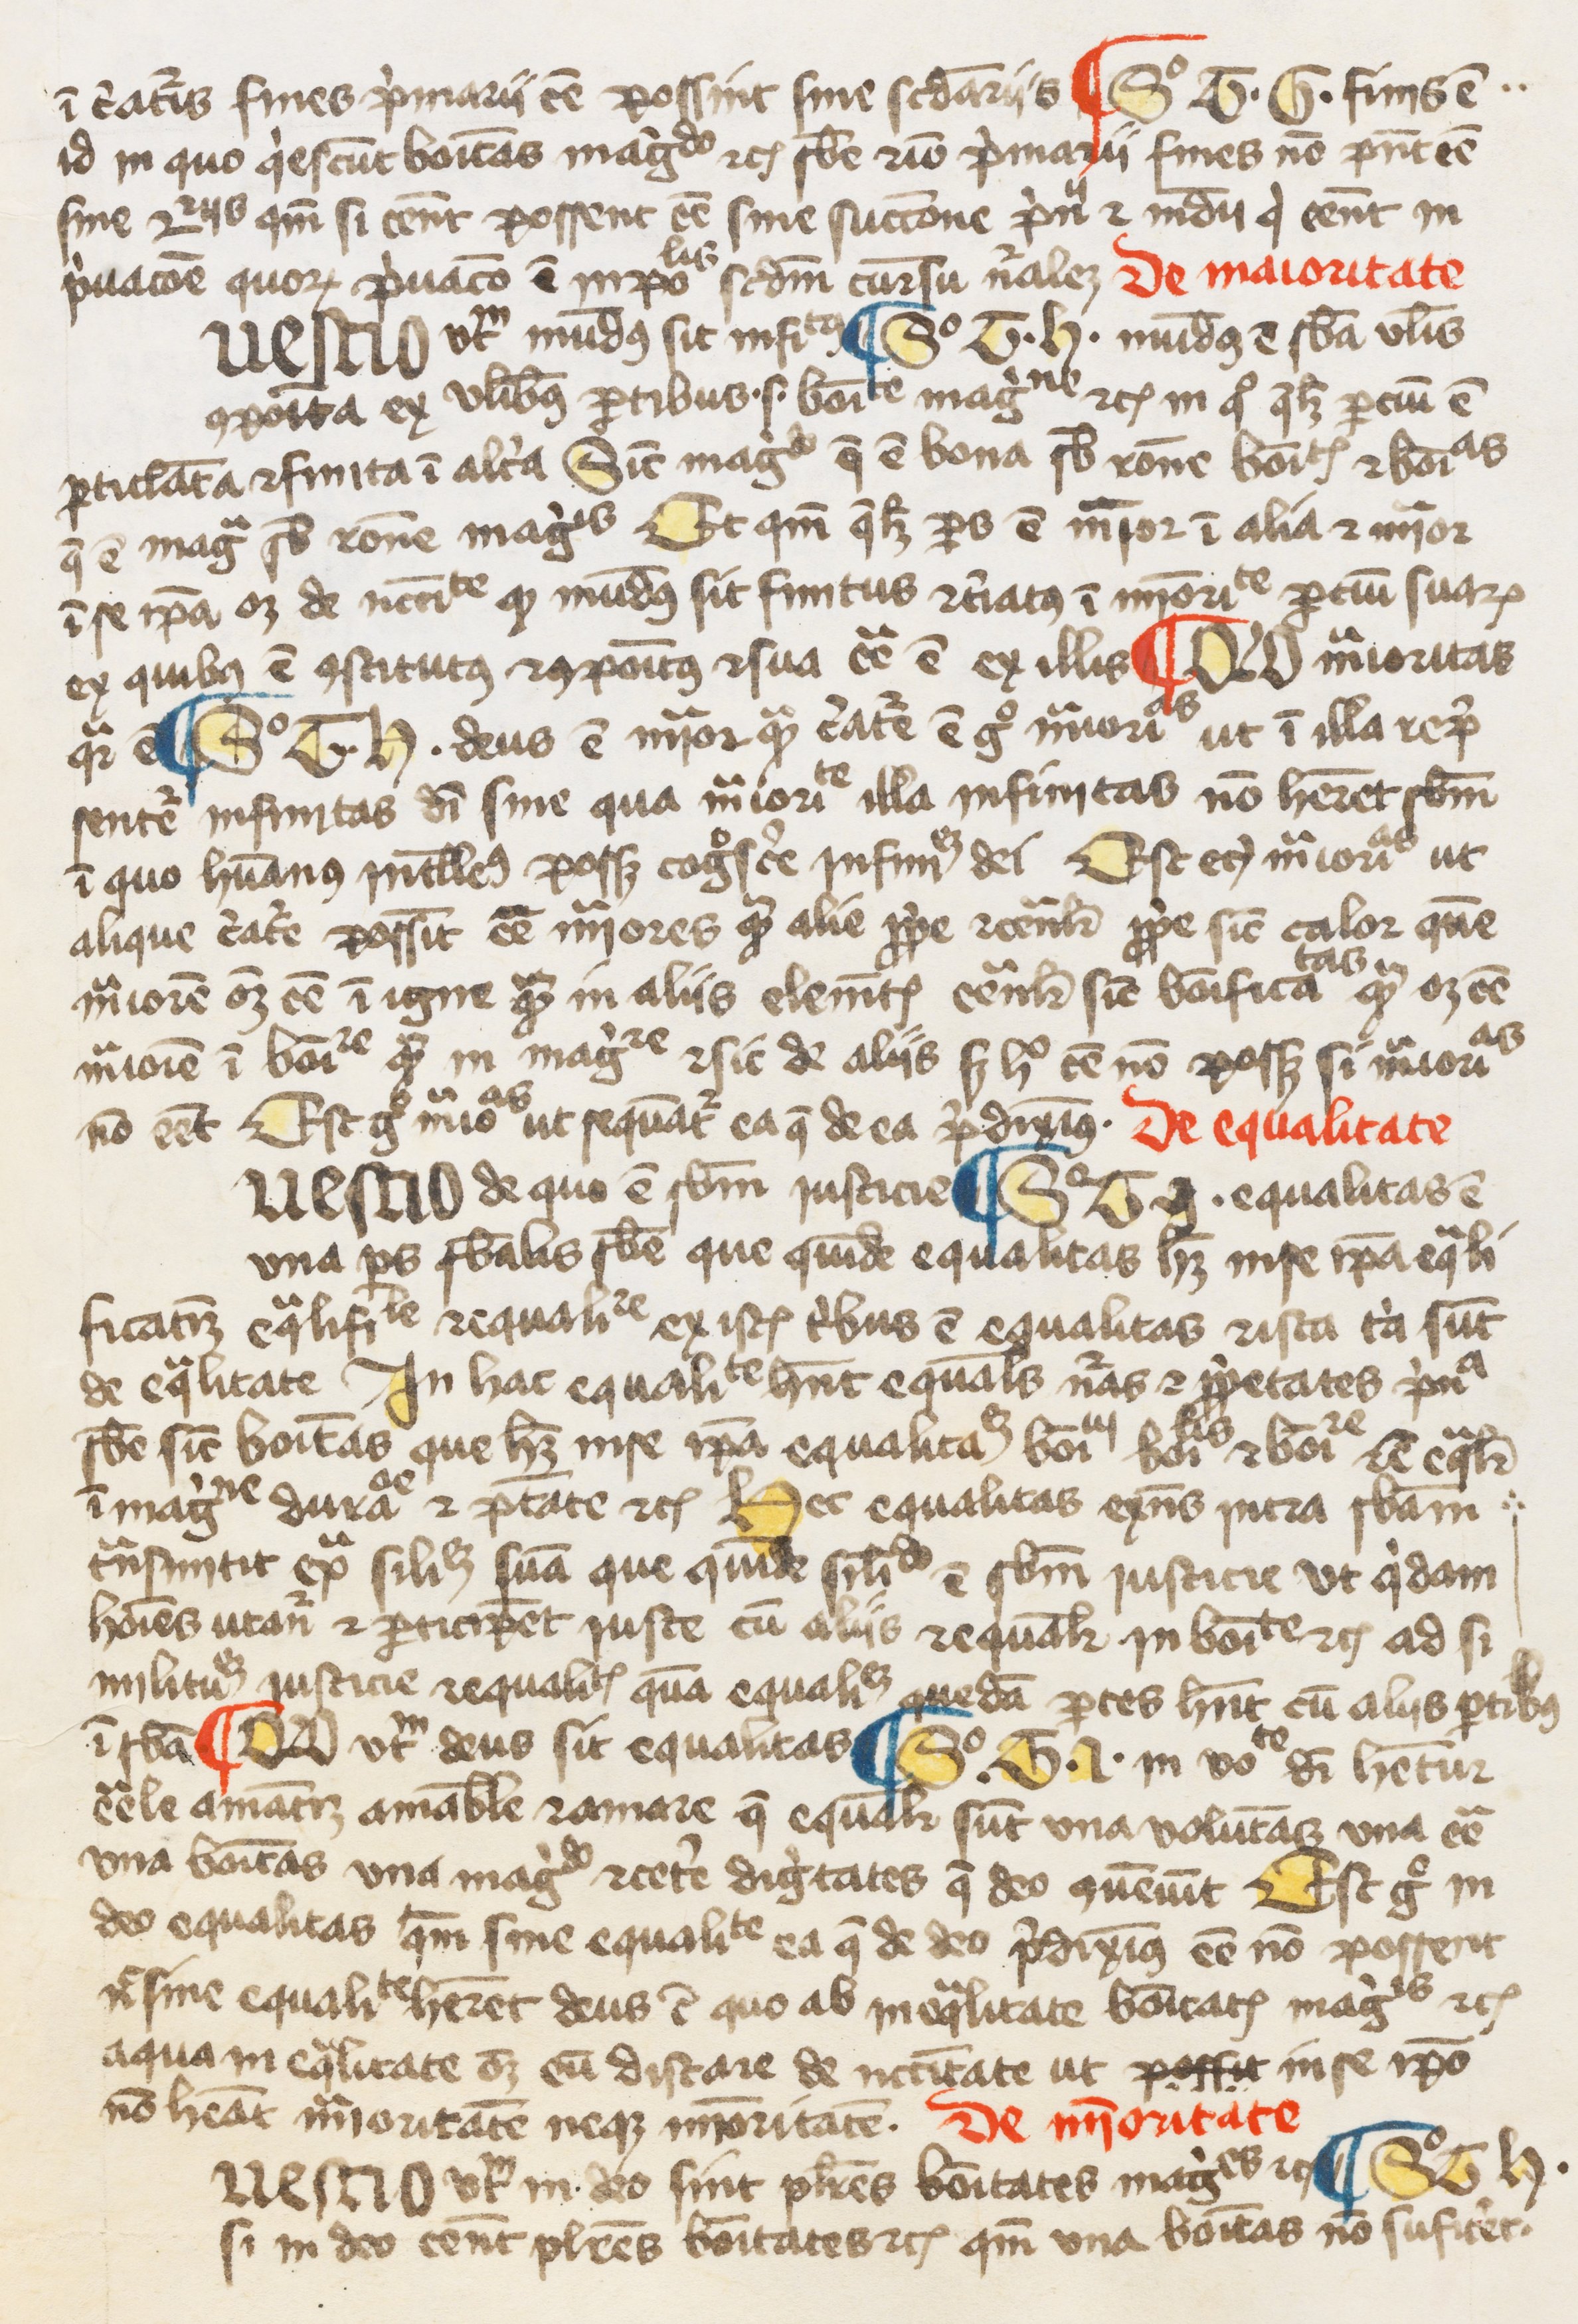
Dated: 1300–1399